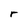
Character: r